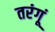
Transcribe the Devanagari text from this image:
तरंगूं